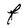
Character: F